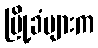
မြို့ခံများက